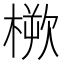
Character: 𣖬